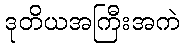
ဒုတိယအကြီးအကဲ